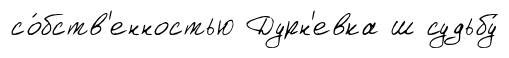
со́бств'енностью Дурн'евка ш судьбу́